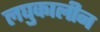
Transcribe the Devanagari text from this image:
लघुकालीन